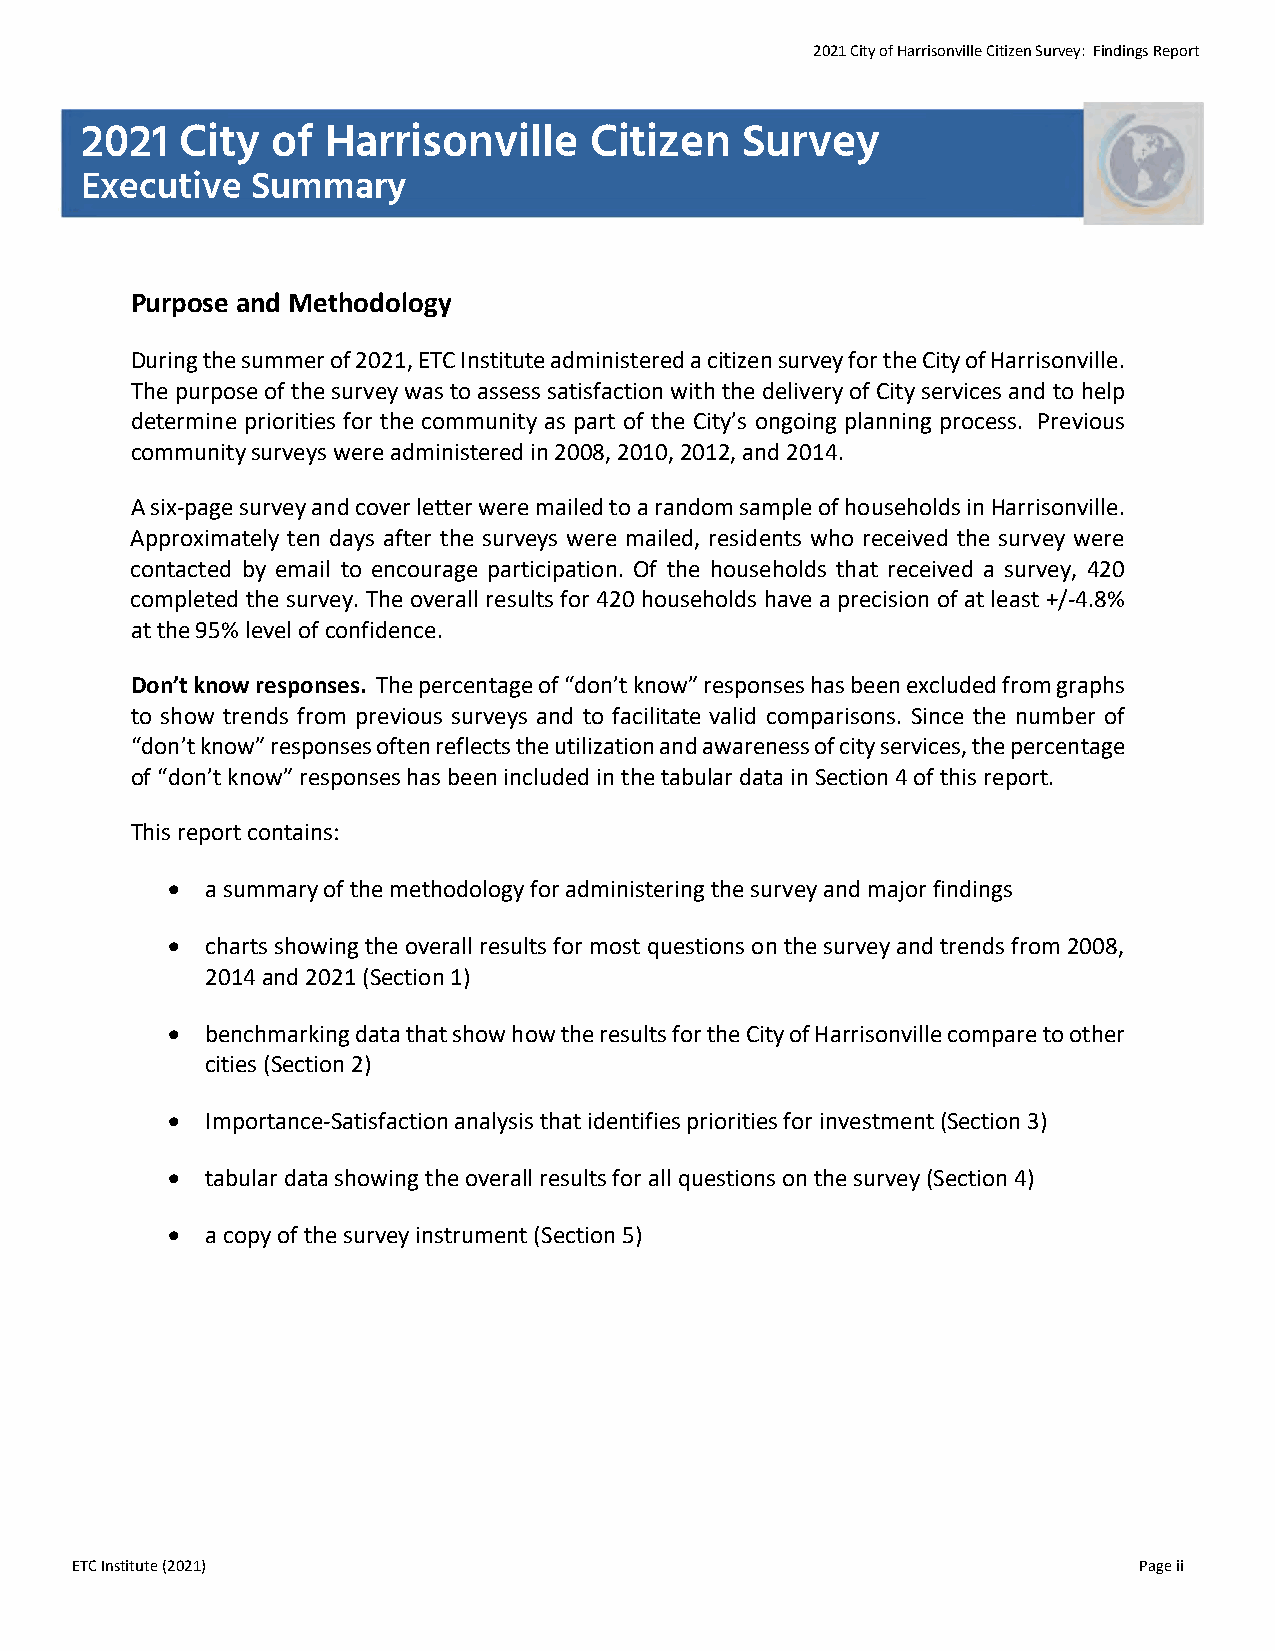
2021 City of Harrisonville Citizen Survey: Findings Report
 2021   City  of  Harrisonville    Citizen   Survey
 Executive   Summary
 Purpose and Methodology
 During the summer of 2021, ETC Institute administered a citizen survey for the City of Harrisonville.
 The purpose of the survey was to assess satisfaction with the delivery of City services and to help
 determine priorities for the community as part of the City’s ongoing planning process. Previous
 community surveys were administered in 2008, 2010, 2012, and 2014.
 A six-page survey and cover letter were mailed to a random sample of households in Harrisonville.
 Approximately ten days after the surveys were mailed, residents who received the survey were
 contacted by email to encourage participation. Of the households that received a survey, 420
 completed the survey. The overall results for 420 households have a precision of at least +/-4.8%
 at the 95% level of confidence.
 Don’t know responses. The percentage of “don’t know” responses has been excluded from graphs
 to show trends from previous surveys and to facilitate valid comparisons. Since the number of
 “don’t know” responses often reflects the utilization and awareness of city services, the percentage
 of “don’t know” responses has been included in the tabular data in Section 4 of this report.
 This report contains:
 •  a summary of the methodology for administering the survey and major findings
 •  charts showing the overall results for most questions on the survey and trends from 2008,
 2014 and 2021 (Section 1)
 •  benchmarking data that show how the results for the City of Harrisonville compare to other
 cities (Section 2)
 •  Importance-Satisfaction analysis that identifies priorities for investment (Section 3)
 •  tabular data showing the overall results for all questions on the survey (Section 4)
 •  a copy of the survey instrument (Section 5)
 ETC Institute (2021)                                                  Page ii